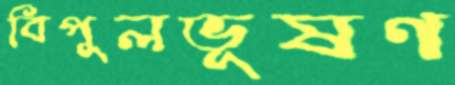
বিপুলভূষণ